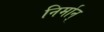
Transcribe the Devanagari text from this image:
निर्मान्